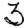
Digit: 3